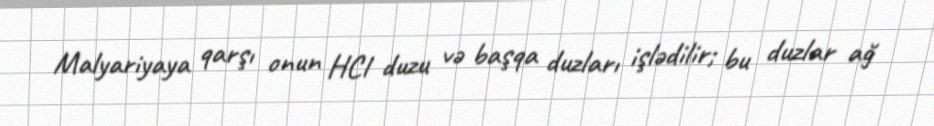
Malyariyaya qarşı onun HCl duzu və başqa duzları işlədilir; bu duzlar ağ